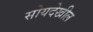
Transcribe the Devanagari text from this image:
सोयदेखील